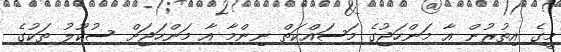
މީގެ އިތުރުން އާ މަންހަަޖުގެ މަސައްކަތް ނިންމާ އާ މަންހަޖަށް ސުކޫލު ތަކުގެ